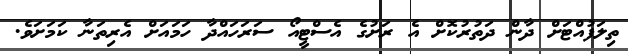
ތިލަފުއްޓަށް ދާން ދަތުރުކޮށް އެ ރަށުގެ އެސްޓީއޯ ސަރަހައްދާ ހަމައަށް އެރިތަނާ ކަމަށަވެ.